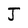
Character: J